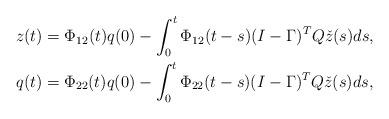
LaTeX: \begin{align*}&z(t)= \Phi_{12}(t)q(0) -\int_0^t \Phi_{12}(t-s) (I-\Gamma)^T Q\check z(s)ds,\\& q(t)= \Phi_{22}(t) q(0)-\int_0^t \Phi_{22}(t-s) (I-\Gamma)^T Q\check z(s)ds,\end{align*}